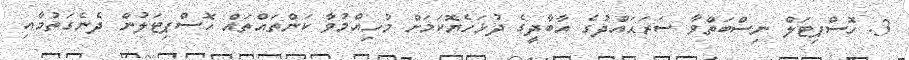
3. ހޮސްޕިޓަލް ނިސްބަތްވާ ސަރަޙައްދުގެ އާބާދީގެ ދުޅަހެޔޮކަމަށް މުހިއްމުވާ ކަންތައްތައް ހޮސްޕިޓަލުން ދެނެގަތުމާއި